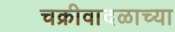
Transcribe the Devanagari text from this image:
चक्रीवादळाच्या